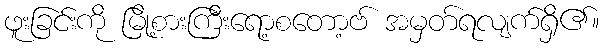
ဖူးခြင်းကို မြို့စားကြီးရော့စတော့ဗ် အမှတ်ရလျက်ရှိ၏။